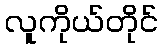
လူကိုယ်တိုင်